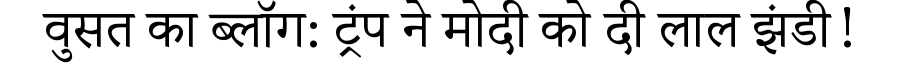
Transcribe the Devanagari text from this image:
वुसत का ब्लॉग: ट्रंप ने मोदी को दी लाल झंडी!